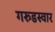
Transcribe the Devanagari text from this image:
गरुडस्वार